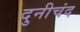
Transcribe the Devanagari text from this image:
दुनीचंद